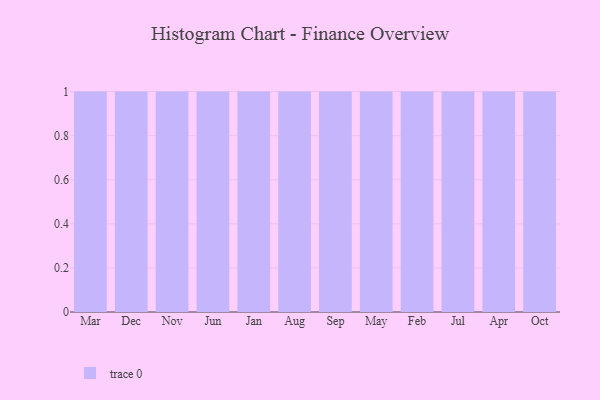
{"axis": {"x": "Month", "y": "Net Income (USD K)"}, "legend": [""], "data": [{"x": "Mar", "y": 65, "type": ""}, {"x": "Dec", "y": 73, "type": ""}, {"x": "Nov", "y": 26, "type": ""}, {"x": "Jun", "y": 84, "type": ""}, {"x": "Jan", "y": 49, "type": ""}, {"x": "Aug", "y": 19, "type": ""}, {"x": "Sep", "y": 47, "type": ""}, {"x": "May", "y": 50, "type": ""}, {"x": "Feb", "y": 53, "type": ""}, {"x": "Jul", "y": 38, "type": ""}, {"x": "Apr", "y": 11, "type": ""}, {"x": "Oct", "y": 33, "type": ""}]}